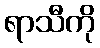
ရာသီကို